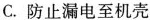
C.防止漏电至机壳